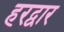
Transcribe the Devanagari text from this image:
हरद्वार